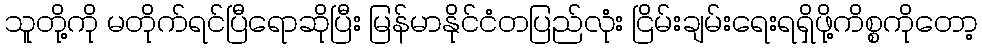
သူတို့ကို မတိုက်ရင်ပြီရောဆိုပြီး မြန်မာနိုင်ငံတပြည်လုံး ငြိမ်းချမ်းရေးရရှိဖို့ကိစ္စကိုတော့